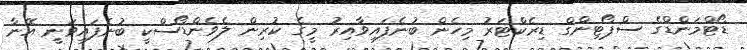
ޑޯޓްމަންޑްގެ ސްޕޯޓިންގް ޑިރެކްޓަރު މިހެން ބުނެފައިވާއިރު މީގެ ކުރިން ލެވެންޑޯސްކީ ބުނެފައިވަނީ އޭނާ